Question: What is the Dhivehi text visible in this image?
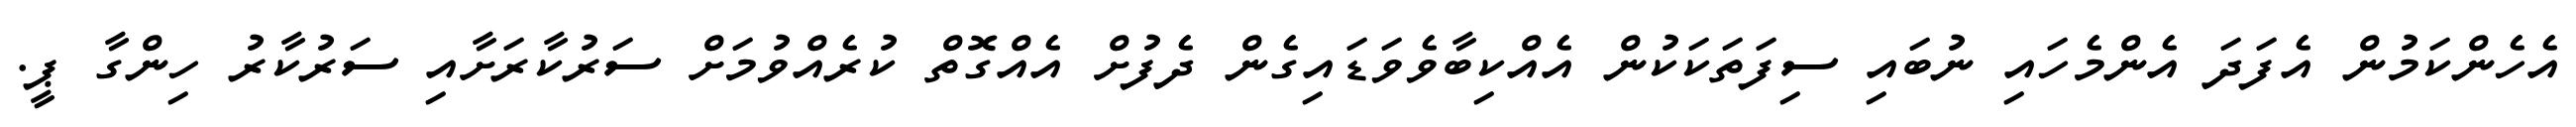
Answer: އެހެންކަމުން އެފަދަ އެންމެހައި ނުބައި ސިފަތަކަކުން އެއްކިބާވެވަޑައިގެން ދެފުށް އެއްގޮތް ކުރެއްވުމަށް ސަރުކާރަށާއި ސަރުކާރު ހިންގާ ޕީ.